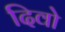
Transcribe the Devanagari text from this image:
दिवो